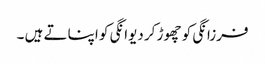
فرزانگی کو چھوڑ کر دیوانگی کو اپناتے ہیں ۔